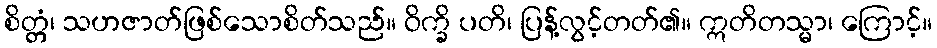
စိတ္တံ၊ သဟဇာတ်ဖြစ်သောစိတ်သည်။ ဝိက္ခိ ပတိ၊ ပြန့်လွင့်တတ်၏။ ဣတိတသ္မာ၊ ကြောင့်။